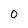
Character: O